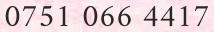
0751 066 4417